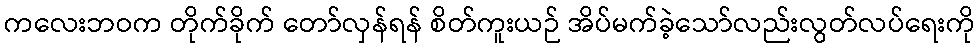
ကလေးဘဝက တိုက်ခိုက် တော်လှန်ရန် စိတ်ကူးယဉ် အိပ်မက်ခဲ့သော်လည်းလွတ်လပ်ရေးကို